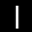
Label: 1